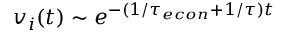
\begin{array} { r } { v _ { i } ( t ) \sim e ^ { - ( 1 / { \tau _ { e c o n } } + 1 / \tau ) t } } \end{array}